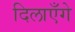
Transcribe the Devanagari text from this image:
दिलाएँगे